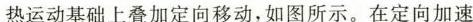
热运动基础上叠加定向移动，如图所示。在定向加速